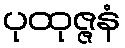
ပုထုဇ္ဇနံ